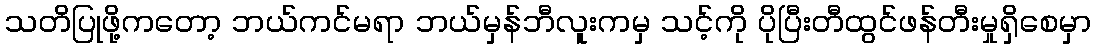
သတိပြုဖို့ကတော့ ဘယ်ကင်မရာ ဘယ်မှန်ဘီလူးကမှ သင့်ကို ပိုပြီးတီထွင်ဖန်တီးမှုရှိစေမှာ